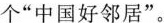
个”中国好邻居”。